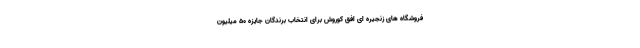
فروشگاه های زنجیره ای افق کوروش برای انتخاب برندگان جایزه 50 میلیون